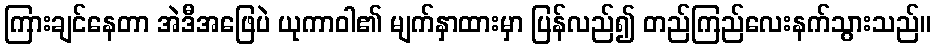
ကြားချင်နေတာ အဲဒီအဖြေပဲ ယုကာဝါ၏ မျက်နှာထားမှာ ပြန်လည်၍ တည်ကြည်လေးနက်သွားသည်။